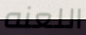
اللعنه